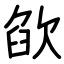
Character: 欿